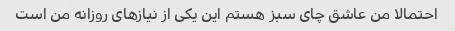
احتمالا من عاشق چای سبز هستم این یکی از نیازهای روزانه من است